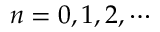
n = 0 , 1 , 2 , \cdots